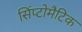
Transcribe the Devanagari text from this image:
सिंप्टोमैटिक